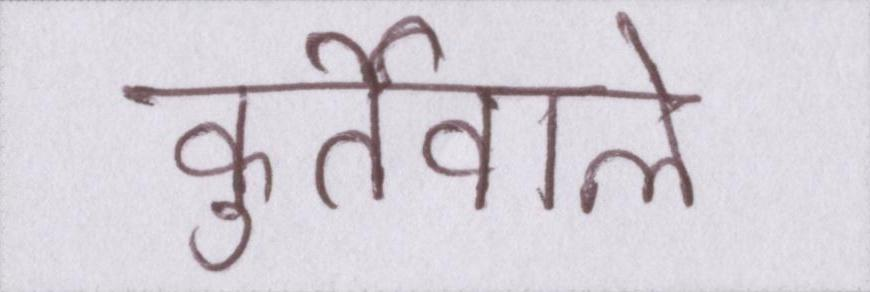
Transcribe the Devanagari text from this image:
कुर्तेवाले